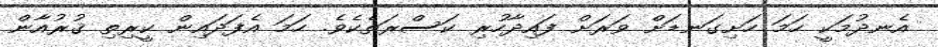
އެނދުމަކީ ހަމަ ހަށިގަނޑަށް ވަރަށް ފައިދާހުރި ކަސްރަތެކެވެ. ހަމަ އެފަދައިން ކީރިތި ޤުރުއާން